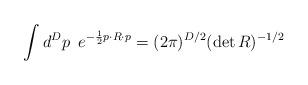
LaTeX: \begin{align*} \int d^Dp\,\,\, e^{-\frac{1}{2}p\cdot R \cdot p} = (2\pi)^{D/2}(\det R)^{-1/2}\end{align*}